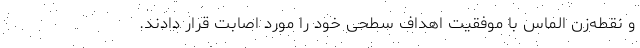
و نقطه‌زن الماس با موفقیت اهداف سطحی خود را مورد اصابت قرار دادند.